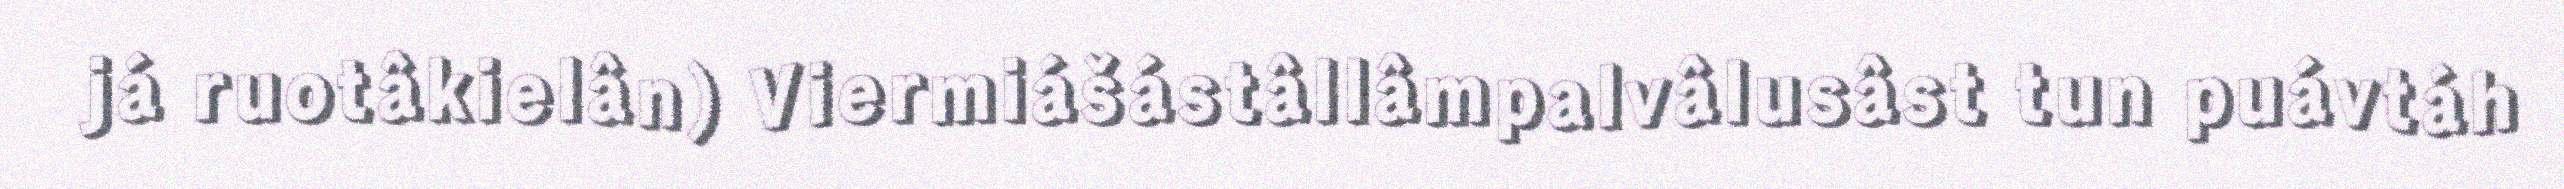
já ruotâkielân) Viermiášástâllâmpalvâlusâst tun puávtáh